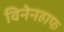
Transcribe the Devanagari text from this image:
विनेनहाफ